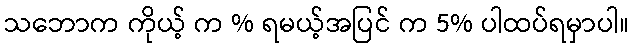
သဘောက ကိုယ့် က % ရမယ့်အပြင် က 5% ပါထပ်ရမှာပါ။